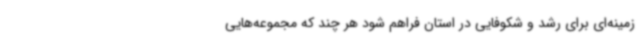
زمینه‌ای برای رشد و شکوفایی در استان فراهم شود هر چند که مجموعه‌هایی